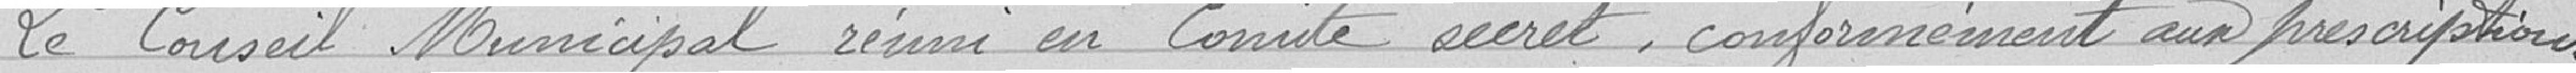
Le Conseil Municipal réuni en Comité secret, conformément aux prescriptions